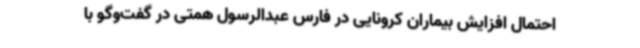
احتمال افزایش بیماران کرونایی در فارس عبدالرسول همتی در گفت‌وگو با